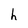
Character: h